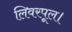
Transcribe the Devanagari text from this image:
लिवरपूल।